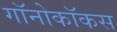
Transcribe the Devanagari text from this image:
गॉनोकॉकस